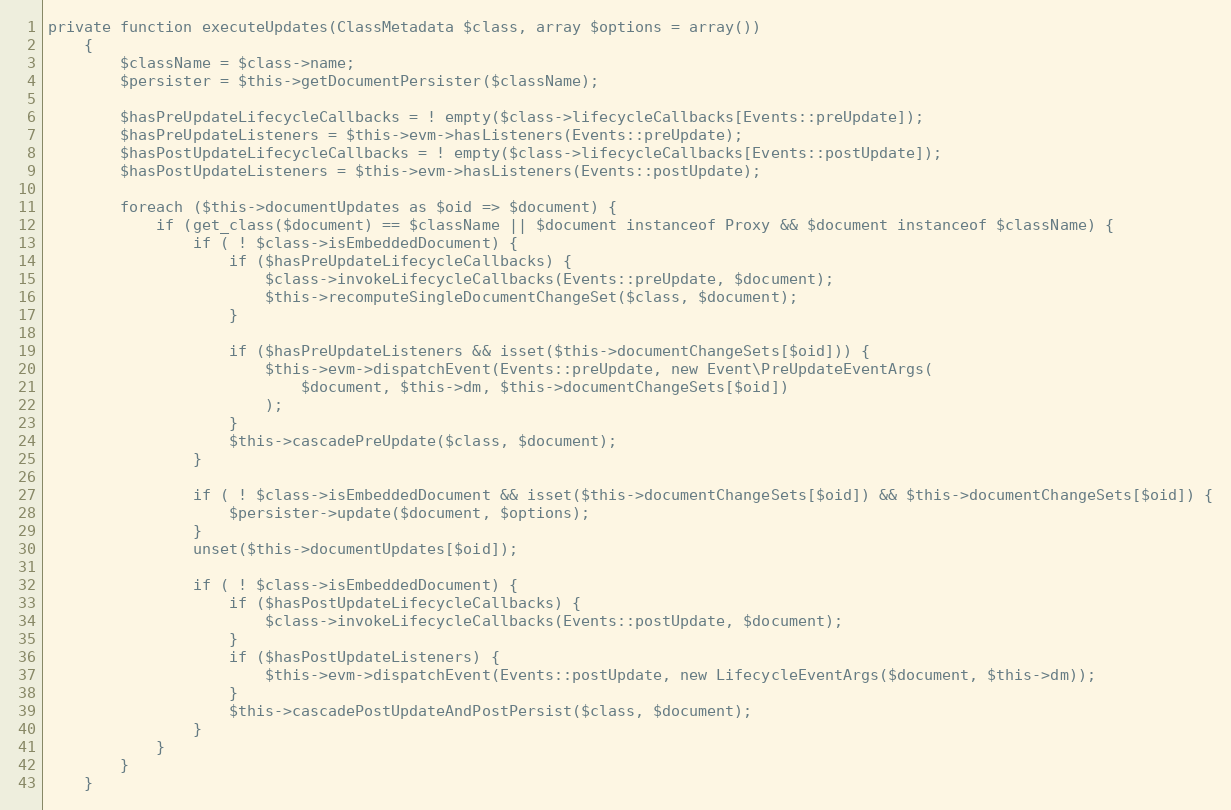
Language: PHP
private function executeUpdates(ClassMetadata $class, array $options = array())
    {
        $className = $class->name;
        $persister = $this->getDocumentPersister($className);

        $hasPreUpdateLifecycleCallbacks = ! empty($class->lifecycleCallbacks[Events::preUpdate]);
        $hasPreUpdateListeners = $this->evm->hasListeners(Events::preUpdate);
        $hasPostUpdateLifecycleCallbacks = ! empty($class->lifecycleCallbacks[Events::postUpdate]);
        $hasPostUpdateListeners = $this->evm->hasListeners(Events::postUpdate);

        foreach ($this->documentUpdates as $oid => $document) {
            if (get_class($document) == $className || $document instanceof Proxy && $document instanceof $className) {
                if ( ! $class->isEmbeddedDocument) {
                    if ($hasPreUpdateLifecycleCallbacks) {
                        $class->invokeLifecycleCallbacks(Events::preUpdate, $document);
                        $this->recomputeSingleDocumentChangeSet($class, $document);
                    }

                    if ($hasPreUpdateListeners && isset($this->documentChangeSets[$oid])) {
                        $this->evm->dispatchEvent(Events::preUpdate, new Event\PreUpdateEventArgs(
                            $document, $this->dm, $this->documentChangeSets[$oid])
                        );
                    }
                    $this->cascadePreUpdate($class, $document);
                }

                if ( ! $class->isEmbeddedDocument && isset($this->documentChangeSets[$oid]) && $this->documentChangeSets[$oid]) {
                    $persister->update($document, $options);
                }
                unset($this->documentUpdates[$oid]);

                if ( ! $class->isEmbeddedDocument) {
                    if ($hasPostUpdateLifecycleCallbacks) {
                        $class->invokeLifecycleCallbacks(Events::postUpdate, $document);
                    }
                    if ($hasPostUpdateListeners) {
                        $this->evm->dispatchEvent(Events::postUpdate, new LifecycleEventArgs($document, $this->dm));
                    }
                    $this->cascadePostUpdateAndPostPersist($class, $document);
                }
            }
        }
    }